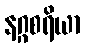
နဂ္ဂစရိယာ